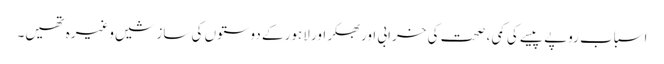
اسباب روپے پیسے کی کمی ، صحت کی خرابی اور بھکر اور لاہور کے دوستوں کی سازشیں وغیرہ تھیں۔